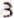
3